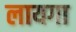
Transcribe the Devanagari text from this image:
लायगा